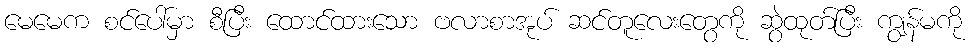
မေမေက စင်ပေါ်မှာ စီပြီး ထောင်ထားသော ဗလာစာအုပ် ဆင်တူလေးတွေကို ဆွဲထုတ်ပြီး ကျွန်မကို